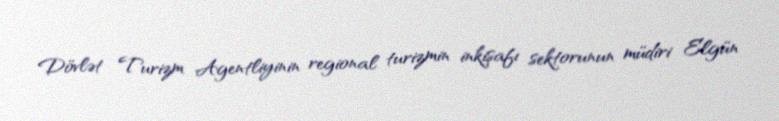
Dövlət Turizm Agentliyinin regional turizmin inkişafı sektorunun müdiri Elgün